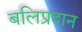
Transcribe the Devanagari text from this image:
बलिप्रदान